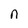
Character: n